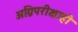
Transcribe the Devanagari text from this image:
अग्निपरीक्षाही